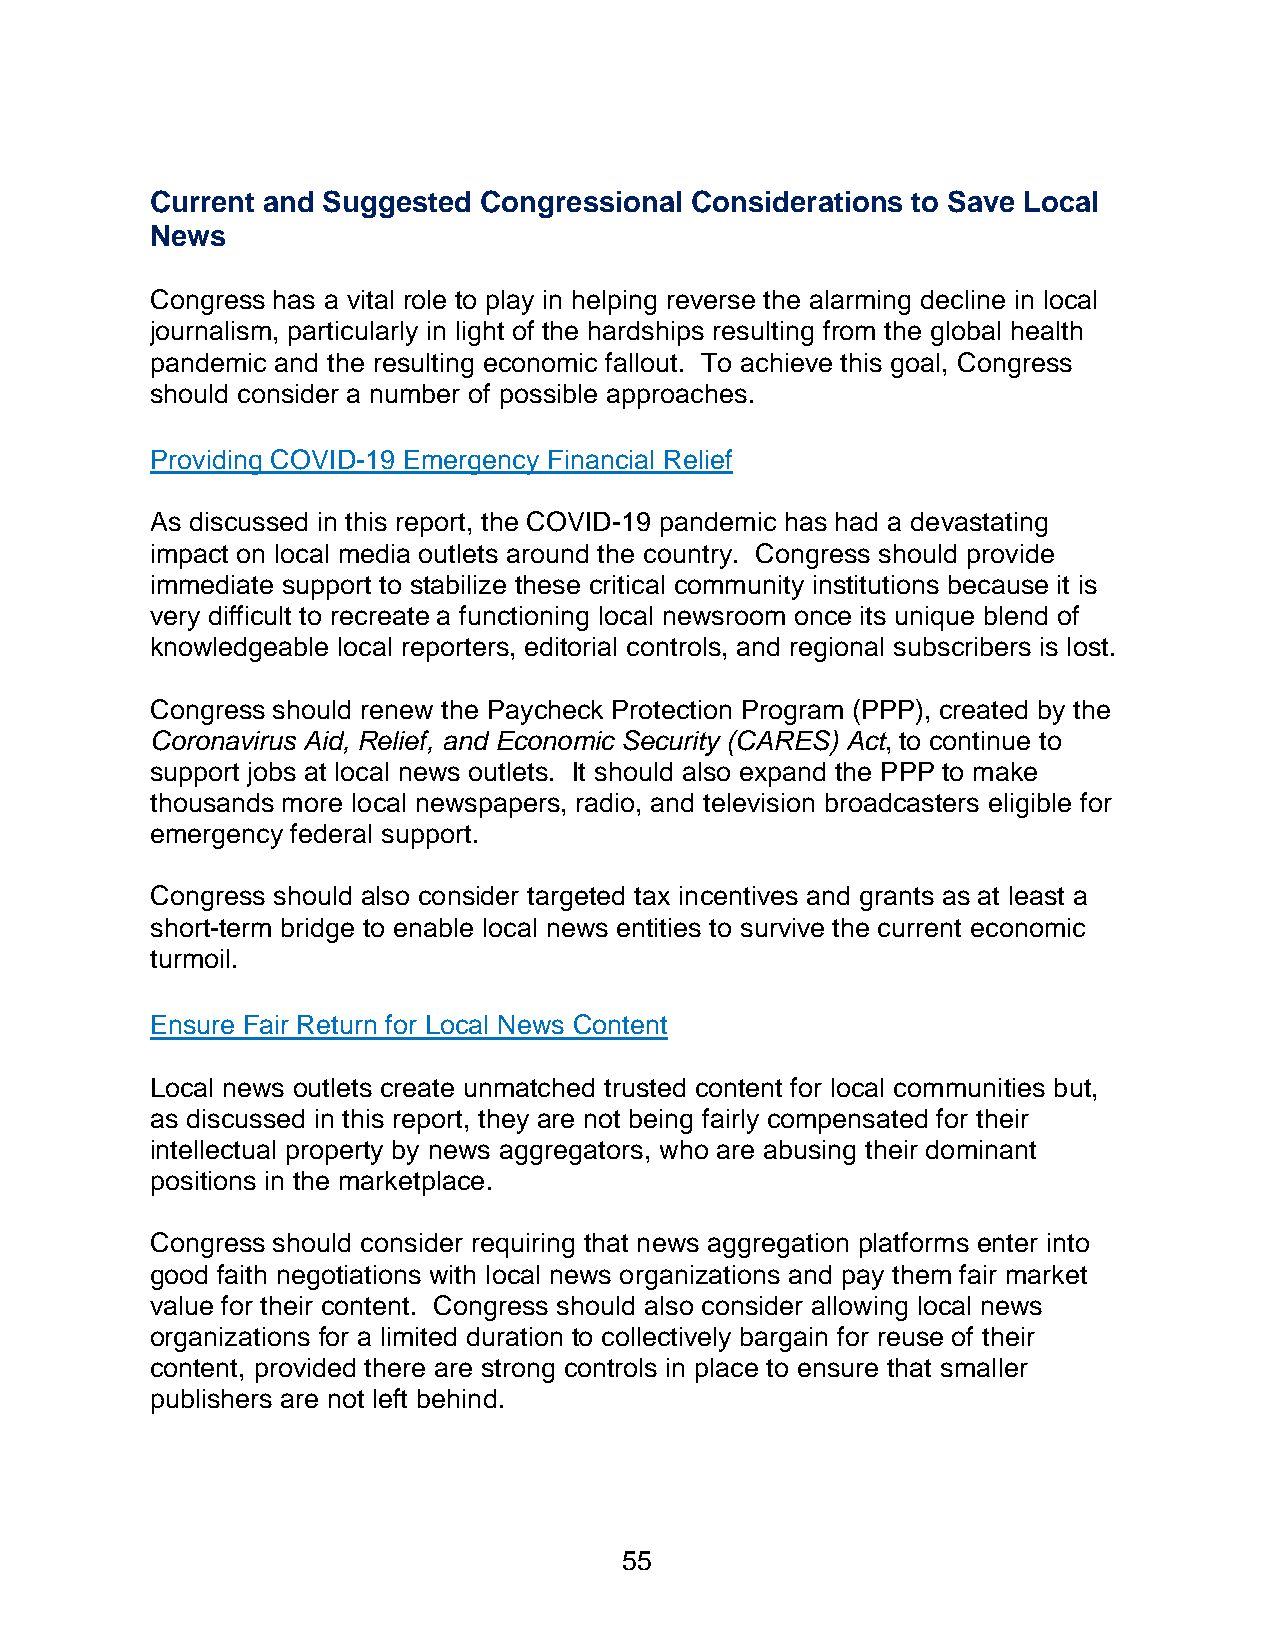
Current and Suggested Congressional Considerations to Save Local
 News
 Congress has a vital role to play in helping reverse the alarming decline in local
 journalism, particularly in light of the hardships resulting from the global health
 pandemic and the resulting economic fallout. To achieve this goal, Congress
 should consider a number of possible approaches.
 Providing COVID-19 Emergency Financial Relief
 As discussed in this report, the COVID-19 pandemic has had a devastating
 impact on local media outlets around the country. Congress should provide
 immediate support to stabilize these critical community institutions because it is
 very difficult to recreate a functioning local newsroom once its unique blend of
 knowledgeable local reporters, editorial controls, and regional subscribers is lost.
 Congress should renew the Paycheck Protection Program (PPP), created by the
 Coronavirus Aid, Relief, and Economic Security (CARES) Act, to continue to
 support jobs at local news outlets. It should also expand the PPP to make
 thousands more local newspapers, radio, and television broadcasters eligible for
 emergency federal support.
 Congress should also consider targeted tax incentives and grants as at least a
 short-term bridge to enable local news entities to survive the current economic
 turmoil.
 Ensure Fair Return for Local News Content
 Local news outlets create unmatched trusted content for local communities but,
 as discussed in this report, they are not being fairly compensated for their
 intellectual property by news aggregators, who are abusing their dominant
 positions in the marketplace.
 Congress should consider requiring that news aggregation platforms enter into
 good faith negotiations with local news organizations and pay them fair market
 value for their content. Congress should also consider allowing local news
 organizations for a limited duration to collectively bargain for reuse of their
 content, provided there are strong controls in place to ensure that smaller
 publishers are not left behind.
 55